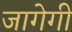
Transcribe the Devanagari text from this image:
जागेगी